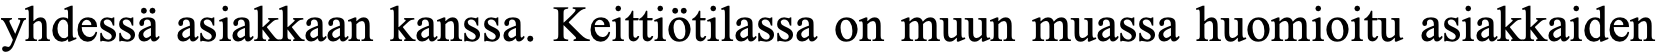
yhdessä asiakkaan kanssa. Keittiötilassa on muun muassa huomioitu asiakkaiden